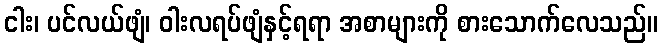
ငါး၊ ပင်လယ်ဖျံ၊ ဝါးလရပ်ဖျံနှင့်ရရာ အစာများကို စားသောက်လေသည်။